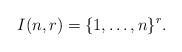
LaTeX: \begin{align*}I(n,r) = \{1, \dots, n \}^r.\end{align*}